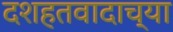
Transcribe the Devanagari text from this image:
दशहतवादाच्या